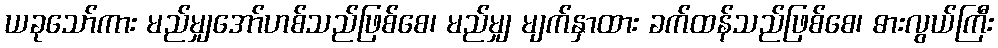
ယခုသော်ကား မည်မျှအော်ဟစ်သည်ဖြစ်စေ၊ မည်မျှ မျက်နှာထား ခက်ထန်သည်ဖြစ်စေ၊ ဓားလွယ်ကြီး